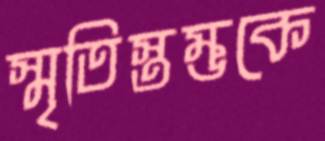
স্মৃতিস্তম্ভকে